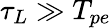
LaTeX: \tau_{L}\gg T_{pe}